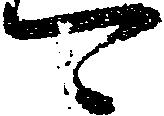
可